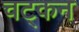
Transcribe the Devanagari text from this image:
चट्कन